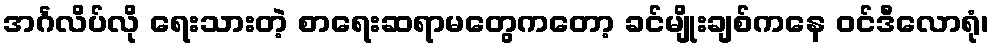
အင်္ဂလိပ်လို ရေးသားတဲ့ စာရေးဆရာမတွေကတော့ ခင်မျိုးချစ်ကနေ ဝင်ဒီလောရုံ၊